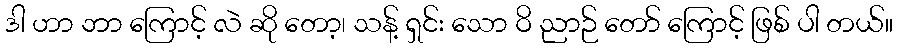
ဒါ ဟာ ဘာ ကြောင့် လဲ ဆို တော့၊ သန့် ရှင်း သော ဝိ ညာဉ် တော် ကြောင့် ဖြစ် ပါ တယ်။